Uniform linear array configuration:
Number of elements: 12
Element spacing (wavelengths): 0.25
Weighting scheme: binomial
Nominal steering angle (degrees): -60
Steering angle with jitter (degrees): -60.136
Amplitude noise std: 0.05
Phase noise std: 0.05

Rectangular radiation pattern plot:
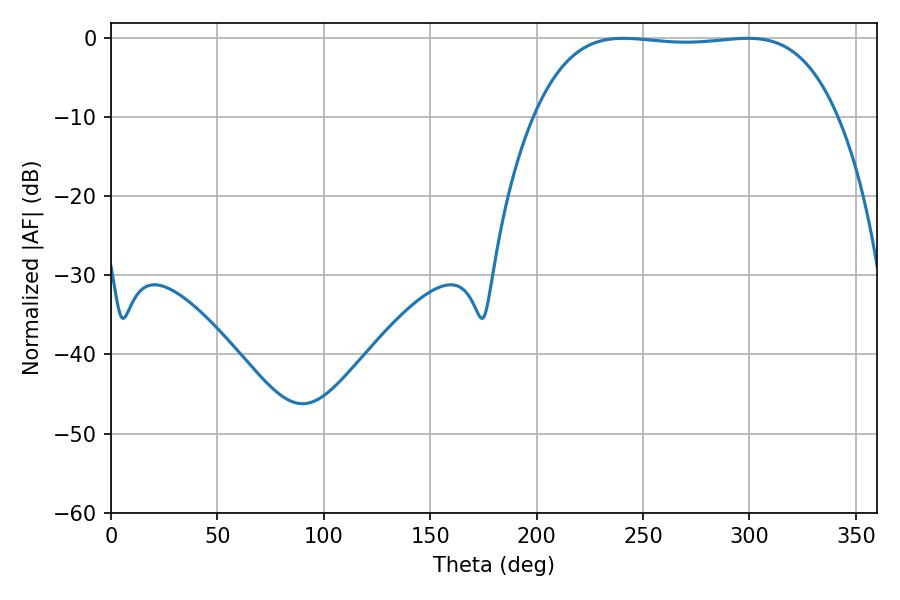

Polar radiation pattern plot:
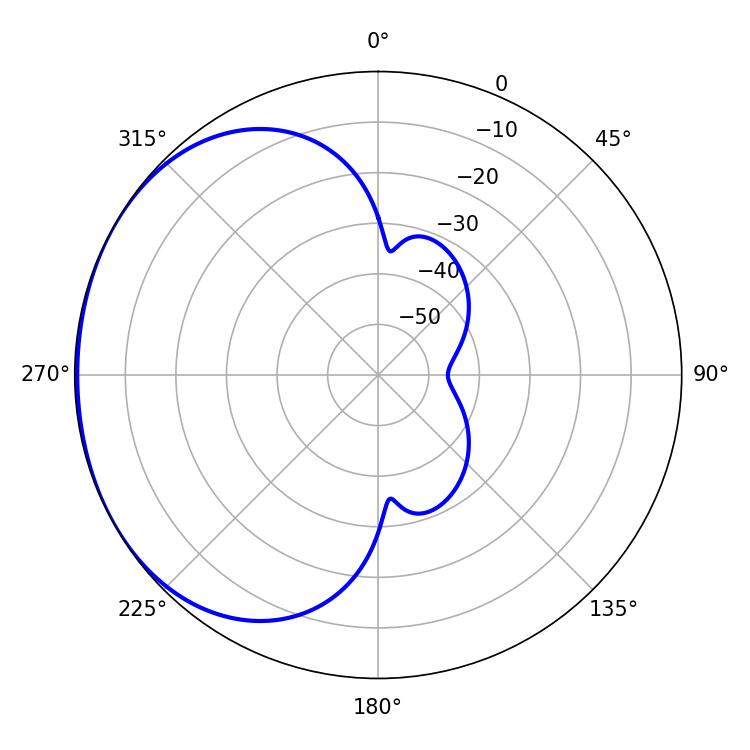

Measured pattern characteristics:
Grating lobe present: FALSE
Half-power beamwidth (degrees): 111.96
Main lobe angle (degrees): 240.66